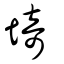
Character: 埼